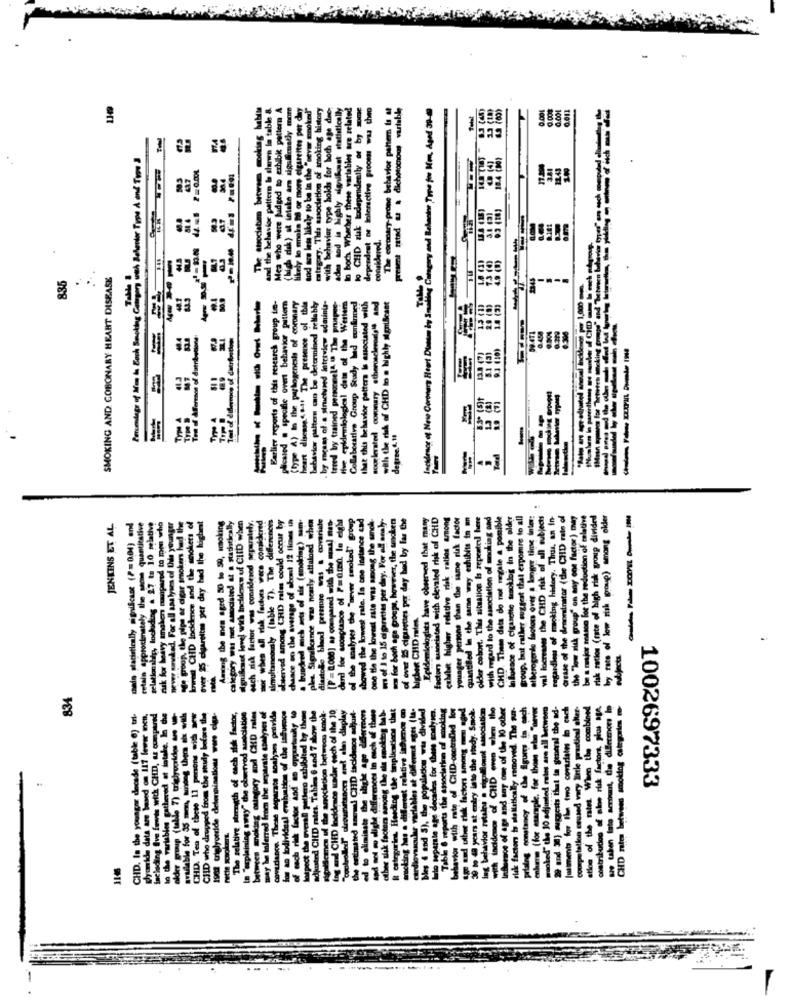
Mea who were jadged to exhibit pattern A
o smoke Ed or more cigarettes per day
sod azs less likely to be in the "sever smoked"
category. Tha association of smoking history
with behavior type holds for both age die;
ades sod is highly signifiant statistically
hast statistically
lo boch Whacher these variables are related
to CHD zuk lodeprudently or by some
dependeat of interactive proom was theo
The coronary-prone behavior pahtem Is at
present rated as a dichotomous variable
Incidence of Neve Coronary Heart Dlanem by Smalling Category and Behanine Type for Mm, Aged 39-0
0.000
0.001
6.011
Percentage of Mon la Boch Smoking Gaingorg with Behenter Type À and Type
between
considered.
SMOKING AND COBONARY HEART DISEASE
835
-----
------
Earlier reports of this research group is-
(typ A) In the parlogenesis of coronary
behavior pattern can be determined reliably
with the risk of CHD in a highly significant
. by means of-a structured jatetview adminis-
treed by trained personnel" IF The price-
five epidemiological dats of the Werien
Collaborative Group Stady ld confirmed
that this behavior pottera Is associated withs
sooelevated coronary atherosclerosis" and
The presence of
glicared a specific overt behavior
degree.4. 11
- when all risk factors vers comickered
simultaneously (table 7). The differences
observed among CHD rates could occur by
chance on the average of abont 12 ficas in
a hundred mich sets of ale (molding) sam.
ples Significance was nearly attained when
diastole blood pressure was & covariale
(P=0.000) as compared with the ml men-
dard for soonptasce of P=oro In eight
showed the lowest rate. In one instance cad
one the the lowest sate was among the smoke-
w of 1 to 15 cigarettes per day. For all araly-
aos for both age groups, however, the smaken
of over 25 cigarettes per day bod by far the
CHD. These data do not regale a pomible
Inluence of cigarette smoking in the elder
group, but rather suggest that erpomre to all
u of moking history. Thus, an in-
the demorainator (che CHD rate of
any ons factor ) may
the "Wow zisk group' on any one factor) may
be a major musco for the reduction of celathe
risk ratios (rate of high risk group divided
by rate of low risk group) among older
JENKINS ET AL
mais statistically significant (P= 0.04) and
retain approximately the same quantiestive
chiding a 27 to 10 mlative
ruk for heavy smaken muuipared to men who
mavikad. For all analyses of this younger
lowid CHD Incidence and the smokers of
over 25 cigarettes per day had the lighet
Among the mes aged 50 to 59, smoking
category was not amlocated at a statistically
dignifeast level wich Ieldles of CiID when
each risk factor was considered separately.
poop, the pipe ac dgar smokers hd
didesod
The
at the CHD risk
ne factors over
relationship, lockidin
siek group
Wie CHD ml
regardless of
834
ates. Tables 6 and 7 show the
up anociation between Amok-
cidence suader each of the 10
umitsnor enit sle display
wal CHD facidenos adjunt-
the slight age diSermons
differences In each of these
Among the die smoktog bab-
Nding the topbienticos that
wat relative insumos @
variates In cach
the practical sker-
the combined
risk factors, plus age,
ungar decade (table @) tri-
te based on 117 lever men.
vis with CHD, as compared
gathered at intake. In the
od from the study before the
strength of each slik factor,
way" the observed sudciation
mungory and CHD rates
from the separate analyses of
se separate sonhoes provide
Ievaluation of the influence
ctor And ao oppurtuuky to
pellaro exhibited by those
removed
1002697333
nte between
CHD. I
CHID
CHD